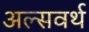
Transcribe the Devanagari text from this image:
अल्सवर्थ